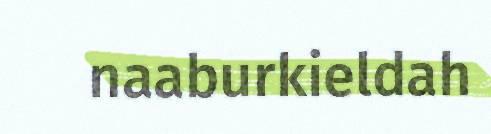
naaburkieldah